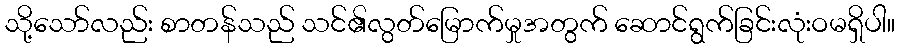
သို့သော်လည်း စာတန်သည် သင်၏လွတ်မြောက်မှုအတွက် ဆောင်ရွက်ခြင်းလုံးဝမရှိပါ။